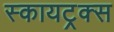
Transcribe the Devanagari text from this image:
स्कायट्रक्स